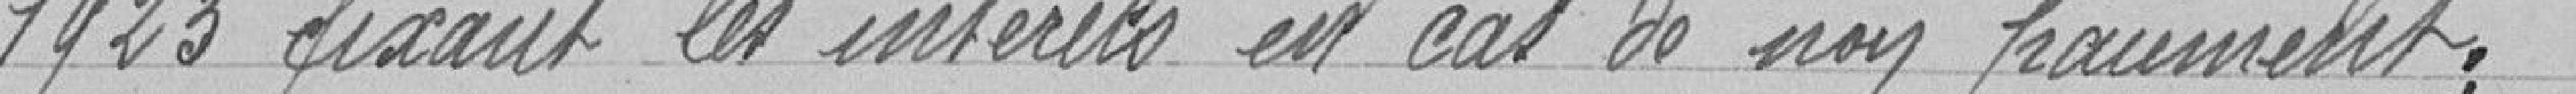
1923 fixant les intérêts en cas de non paiement.